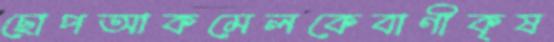
ছোপআকমেলকেবাণীকৃষ